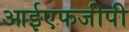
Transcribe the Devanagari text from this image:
आईएफजीपी